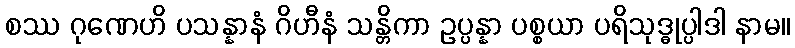
စဿ ဂုဏေဟိ ပသန္နာနံ ဂိဟီနံ သန္တိကာ ဥပ္ပန္နာ ပစ္စယာ ပရိသုဒ္ဓုပ္ပါဒါ နာမ။